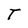
Character: T